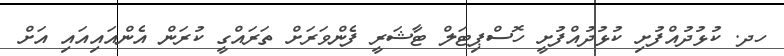
ހދ. ކުޅުދުއްފުށި ކުޅުދުއްފުށީ ހޮސްޕިޓަލް ޓާޝަރީ ފެންވަރަށް ތަރައްގީ ކުރަން އެންއައިއައި އަށް